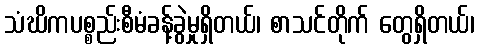
သံဃိကပစ္စည်းစီမံခန့်ခွဲမှုရှိတယ်၊ စာသင်တိုက် တွေရှိတယ်၊